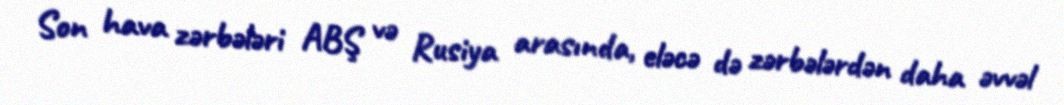
Son hava zərbələri ABŞ və Rusiya arasında, eləcə də zərbələrdən daha əvvəl